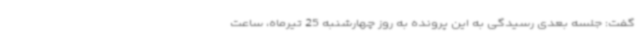
گفت: جلسه بعدی رسیدگی به این پرونده به روز چهارشنبه 25 تیرماه، ساعت